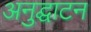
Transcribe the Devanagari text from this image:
अनुद्घाटन